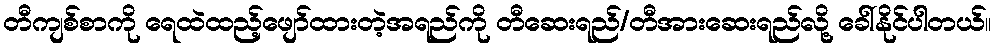
တီကျစ်စာကို ရေထဲထည့်ဖျော်ထားတဲ့အရည်ကို တီဆေးရည်/တီအားဆေးရည်လို့ ခေါ်နိုင်ပါတယ်။